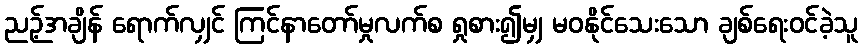
ညဉ့်အချိန် ရောက်လျှင် ကြင်နာတော်မှုလက်စ ရှုစား၍မျှ မဝနိုင်သေးသော ချစ်ရေးဝင်ခဲ့သူ